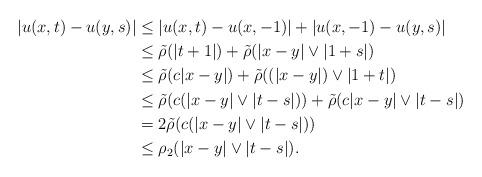
LaTeX: \begin{align*} |u(x,t)-u(y,s)|&\le |u(x,t)-u(x,-1)|+|u(x,-1)-u(y,s)|\\ &\le \tilde\rho(|t+1|)+\tilde\rho(|x-y|\vee |1+s|)\\ &\le \tilde\rho(c|x-y|)+\tilde\rho((|x-y|)\vee |1+t|)\\ &\le \tilde\rho(c(|x-y|\vee|t-s|))+\tilde\rho(c|x-y|\vee|t-s|)\\ &= 2\tilde\rho(c(|x-y|\vee|t-s|))\\ &\le \rho_2(|x-y|\vee|t-s|). \end{align*}